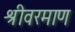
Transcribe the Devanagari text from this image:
श्रीवरमाण